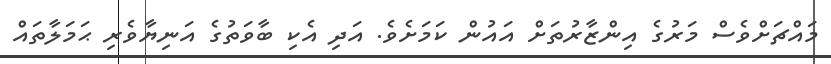
މައްޗަށްވެސް މަރުގެ އިންޒާރުތަށް އައުން ކަމަށެވެ. އަދި އެކި ބާވަތުގެ އަނިޔާވެރި ޙަމަލާތައް